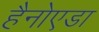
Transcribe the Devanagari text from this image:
हैनोएडा